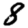
Digit: 8